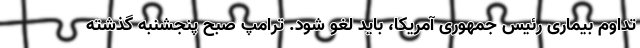
تداوم بیماری رئیس جمهوری آمریکا، باید لغو شود. ترامپ صبح پنجشنبه گذشته